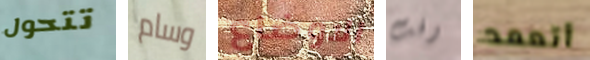
تتحول وسام الاوضاع وقت أتعمد